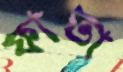
ফাতা